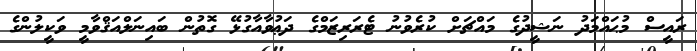
ރައީސް މުޙައްމަދު ނަޝީދުގެ މައްޗަށް ކުރެވުނު ޓެރަރިޒަމްގެ ދަޢުވާއާގުޅޭ ގޮތުން ބައިނަލްއަޤްވާމީ ވަކީލުންގެ